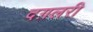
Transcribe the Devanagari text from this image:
दग़लरी